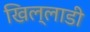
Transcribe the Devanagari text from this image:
खिल्लाडी